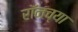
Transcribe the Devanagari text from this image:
रॉनच्या